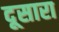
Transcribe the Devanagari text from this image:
दूसारा